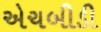
એચબીડી